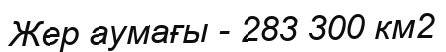
Жер аумағы - 283 300 км2